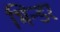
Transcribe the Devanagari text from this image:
भिन्डर